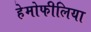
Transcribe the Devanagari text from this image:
हेमोफीलिया